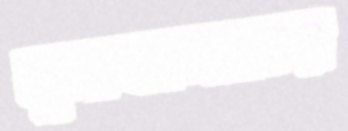
মুনাফালাভের